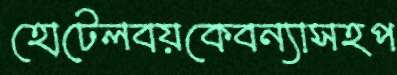
হোটেলবয়কেবন্যাসহপ